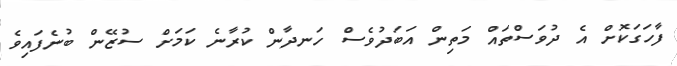
ފާހަގަކޮށް އެ ދުވަސްތައް މަތިން އަބަދުވެސް ހަނދާން ކުރާނެ ކަމަށް ސުޒޭން ބުނެފައިވެ